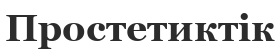
Простетиктік